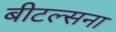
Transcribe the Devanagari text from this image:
बीटल्सना